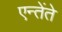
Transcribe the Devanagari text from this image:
एन्तेंते